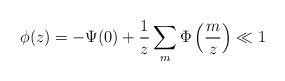
LaTeX: \begin{align*} \phi(z)=-\Psi(0)+\frac{1}{z}\sum_m \Phi\left(\frac{m}{z}\right)\ll 1\end{align*}